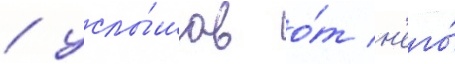
/ услы́шав о́т н'его́